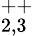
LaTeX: ^{++}_{2,3}